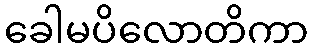
ခေါမပိလောတိကာ